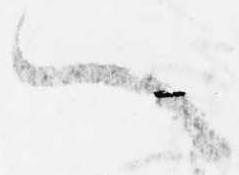
へ